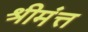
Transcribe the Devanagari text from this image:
श्रीमंत्त